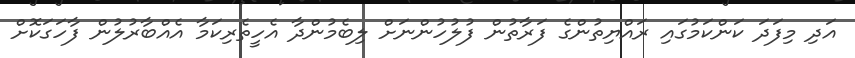
އަދި މިފަދަ ކަންކަމުގައި ރައްޔިތުންގެ ފަރާތުން ފުލުހުންނަށް ލިބެމުންދާ އެހީތެރިކަމާ އެއްބާރުލުން ފާހަގަކޮށް